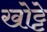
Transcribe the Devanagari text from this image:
खोट्टे